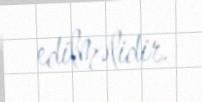
edilməlidir.